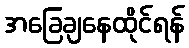
အခြေချနေထိုင်ရန်